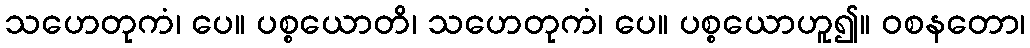
သဟေတုကံ၊ ပေ။ ပစ္စယောတိ၊ သဟေတုကံ၊ ပေ။ ပစ္စယောဟူ၍။ ဝစနတော၊